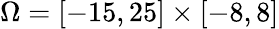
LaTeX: \Omega=[-15,25]\times[-8,8]